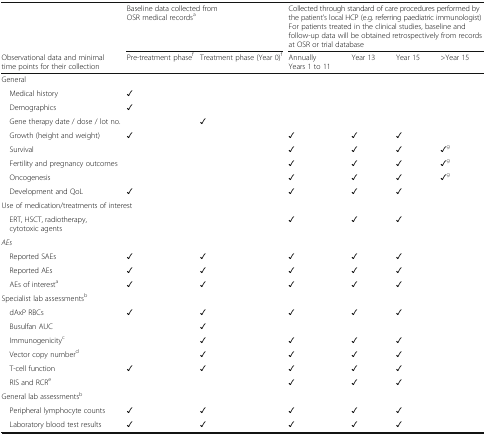
|  | <COLSPAN=2> Baseline data collected fromOSR medical recordsa | <COLSPAN=4> Collected through standard of care procedures performed by the patient’s local HCP (e.g. referring paediatric immunologist)For patients treated in the clinical studies, baseline and follow-up data will be obtained retrospectively from records at OSR or trial database |
 | Observational data and minimal time points for their collection | Pre-treatment phasef | Treatment phase (Year 0)f | AnnuallyYears 1 to 11 | Year 13 | Year 15 | >Year 15 |
 | --- | --- | --- | --- | --- | --- | --- |
 | <COLSPAN=7> General |
 | Medical history | ✓ |  |  |  |  |  |
 | Demographics | ✓ |  |  |  |  |  |
 | Gene therapy date / dose / lot no. |  | ✓ |  |  |  |  |
 | Growth (height and weight) | ✓ |  | ✓ | ✓ | ✓ |  |
 | Survival |  |  | ✓ | ✓ | ✓ | ✓g |
 | Fertility and pregnancy outcomes |  |  | ✓ | ✓ | ✓ | ✓g |
 | Oncogenesis |  |  | ✓ | ✓ | ✓ | ✓g |
 | Development and QoL | ✓ |  | ✓ | ✓ | ✓ |  |
 | <COLSPAN=7> Use of medication/treatments of interest |
 | ERT, HSCT, radiotherapy, cytotoxic agents |  |  | ✓ | ✓ | ✓ |  |
 | <COLSPAN=7> AEs |
 | Reported SAEs | ✓ | ✓ | ✓ | ✓ | ✓ |  |
 | Reported AEs | ✓ | ✓ | ✓ | ✓ | ✓ |  |
 | AEs of interesta | ✓ | ✓ | ✓ | ✓ | ✓ |  |
 | <COLSPAN=7> Specialist lab assessmentsb |
 | dAxP RBCs | ✓ | ✓ | ✓ | ✓ | ✓ |  |
 | Busulfan AUC |  | ✓ |  |  |  |  |
 | Immunogenicityc |  | ✓ | ✓ | ✓ | ✓ |  |
 | Vector copy numberd |  | ✓ | ✓ | ✓ | ✓ |  |
 | T-cell function | ✓ | ✓ | ✓ | ✓ | ✓ |  |
 | RIS and RCRe |  |  | ✓ | ✓ | ✓ |  |
 | <COLSPAN=7> General lab assessmentsb |
 | Peripheral lymphocyte counts | ✓ | ✓ | ✓ | ✓ | ✓ |  |
 | Laboratory blood test results | ✓ | ✓ | ✓ | ✓ | ✓ |  |